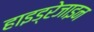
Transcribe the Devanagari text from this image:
हाइड्रेजाइन